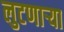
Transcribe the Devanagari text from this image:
लुटणार्‍या